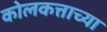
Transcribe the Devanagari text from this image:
कोलकत्ताच्या